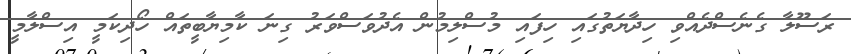
ރަސޫލާ ގެނެސްދެއްވި ހިދާޔަތުގައި ހިފައި މުސްލިމުން އެދުވަސްވަރު ގިނަ ކާމިޔާބީތައް ހޯދިކަމީ އިސްލާމީ